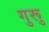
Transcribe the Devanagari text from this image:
गुरूु